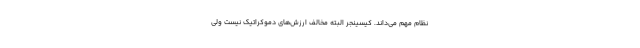
نظام مهم می‌داند. کیسینجر البته مخالف ارزش‌های دموکراتیک نیست ولی